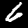
Label: 6